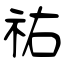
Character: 祐